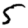
Digit: 5